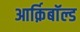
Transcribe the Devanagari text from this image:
आर्क़िबाॅल्ड